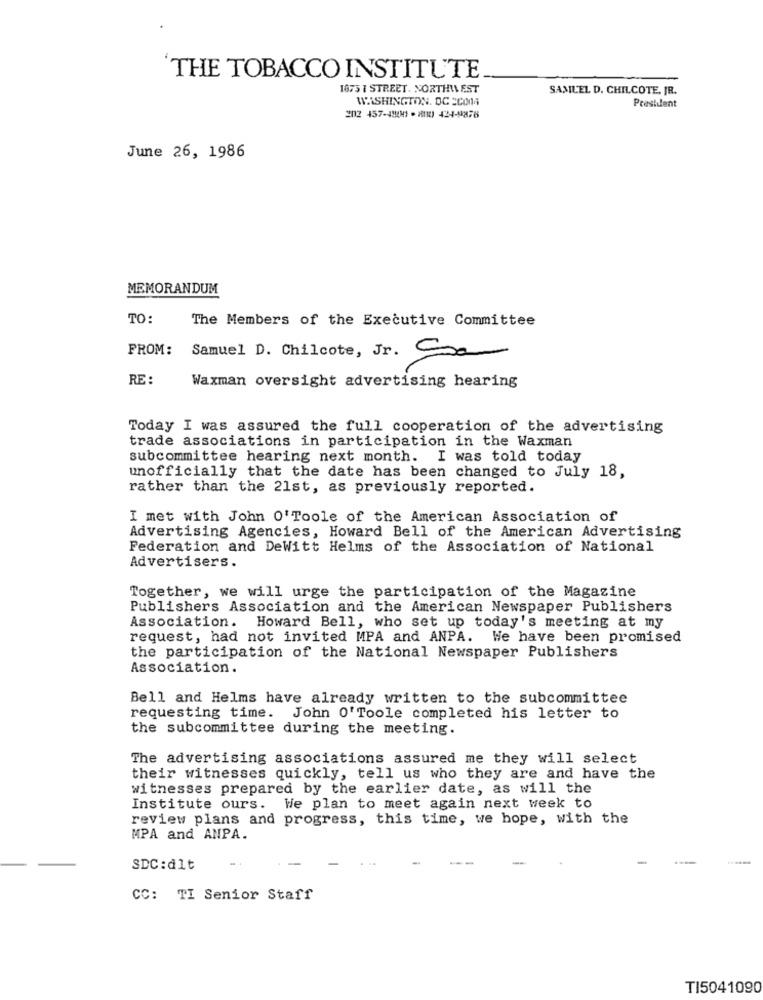
THE TOBACCO INSTITUTE
1875 I STREET. NORTHIVEST
SAMUEL D. CHILCOTE, JR.
WASHINGTON, DC 2COMA
President
202 457-48041 - 28180) 424-9878
June 26, 1986
MEMORANDUM
TO:
The Members of the Executive Committee
FROM:
Samuel D. Chilcote, Jr. Ssa
RE:
Waxman oversight advertising hearing
Today I was assured the full cooperation of the advertising
trade associations in participation in the Waxman
subcommittee hearing next month. I was told today
unofficially that the date has been changed to July 18,
rather than the 21st, as previously reported.
I met with John O'Toole of the American Association of
Advertising Agencies, Howard Bell of the American Advertising
Federation and DeWitt Helms of the Association of National
Advertisers.
Together, we will urge the participation of the Magazine
Publishers Association and the American Newspaper Publishers
Association. Howard Bell, who set up today's meeting at my
request, had not invited MPA and ANPA. We have been promised
the participation of the National Newspaper Publishers
Association.
Bell and Helms have already written to the subcommittee
requesting time. John O'Toole completed his letter to
the subcommittee during the meeting.
The advertising associations assured me they will select
their witnesses quickly, tell us who they are and have the
witnesses prepared by the earlier date, as will the
Institute ours. We plan to meet again next week to
review plans and progress, this time, we hope, with the
MPA and ANPA.
......
SDC : dlt
CC: TI Senior Staff
TI5041090